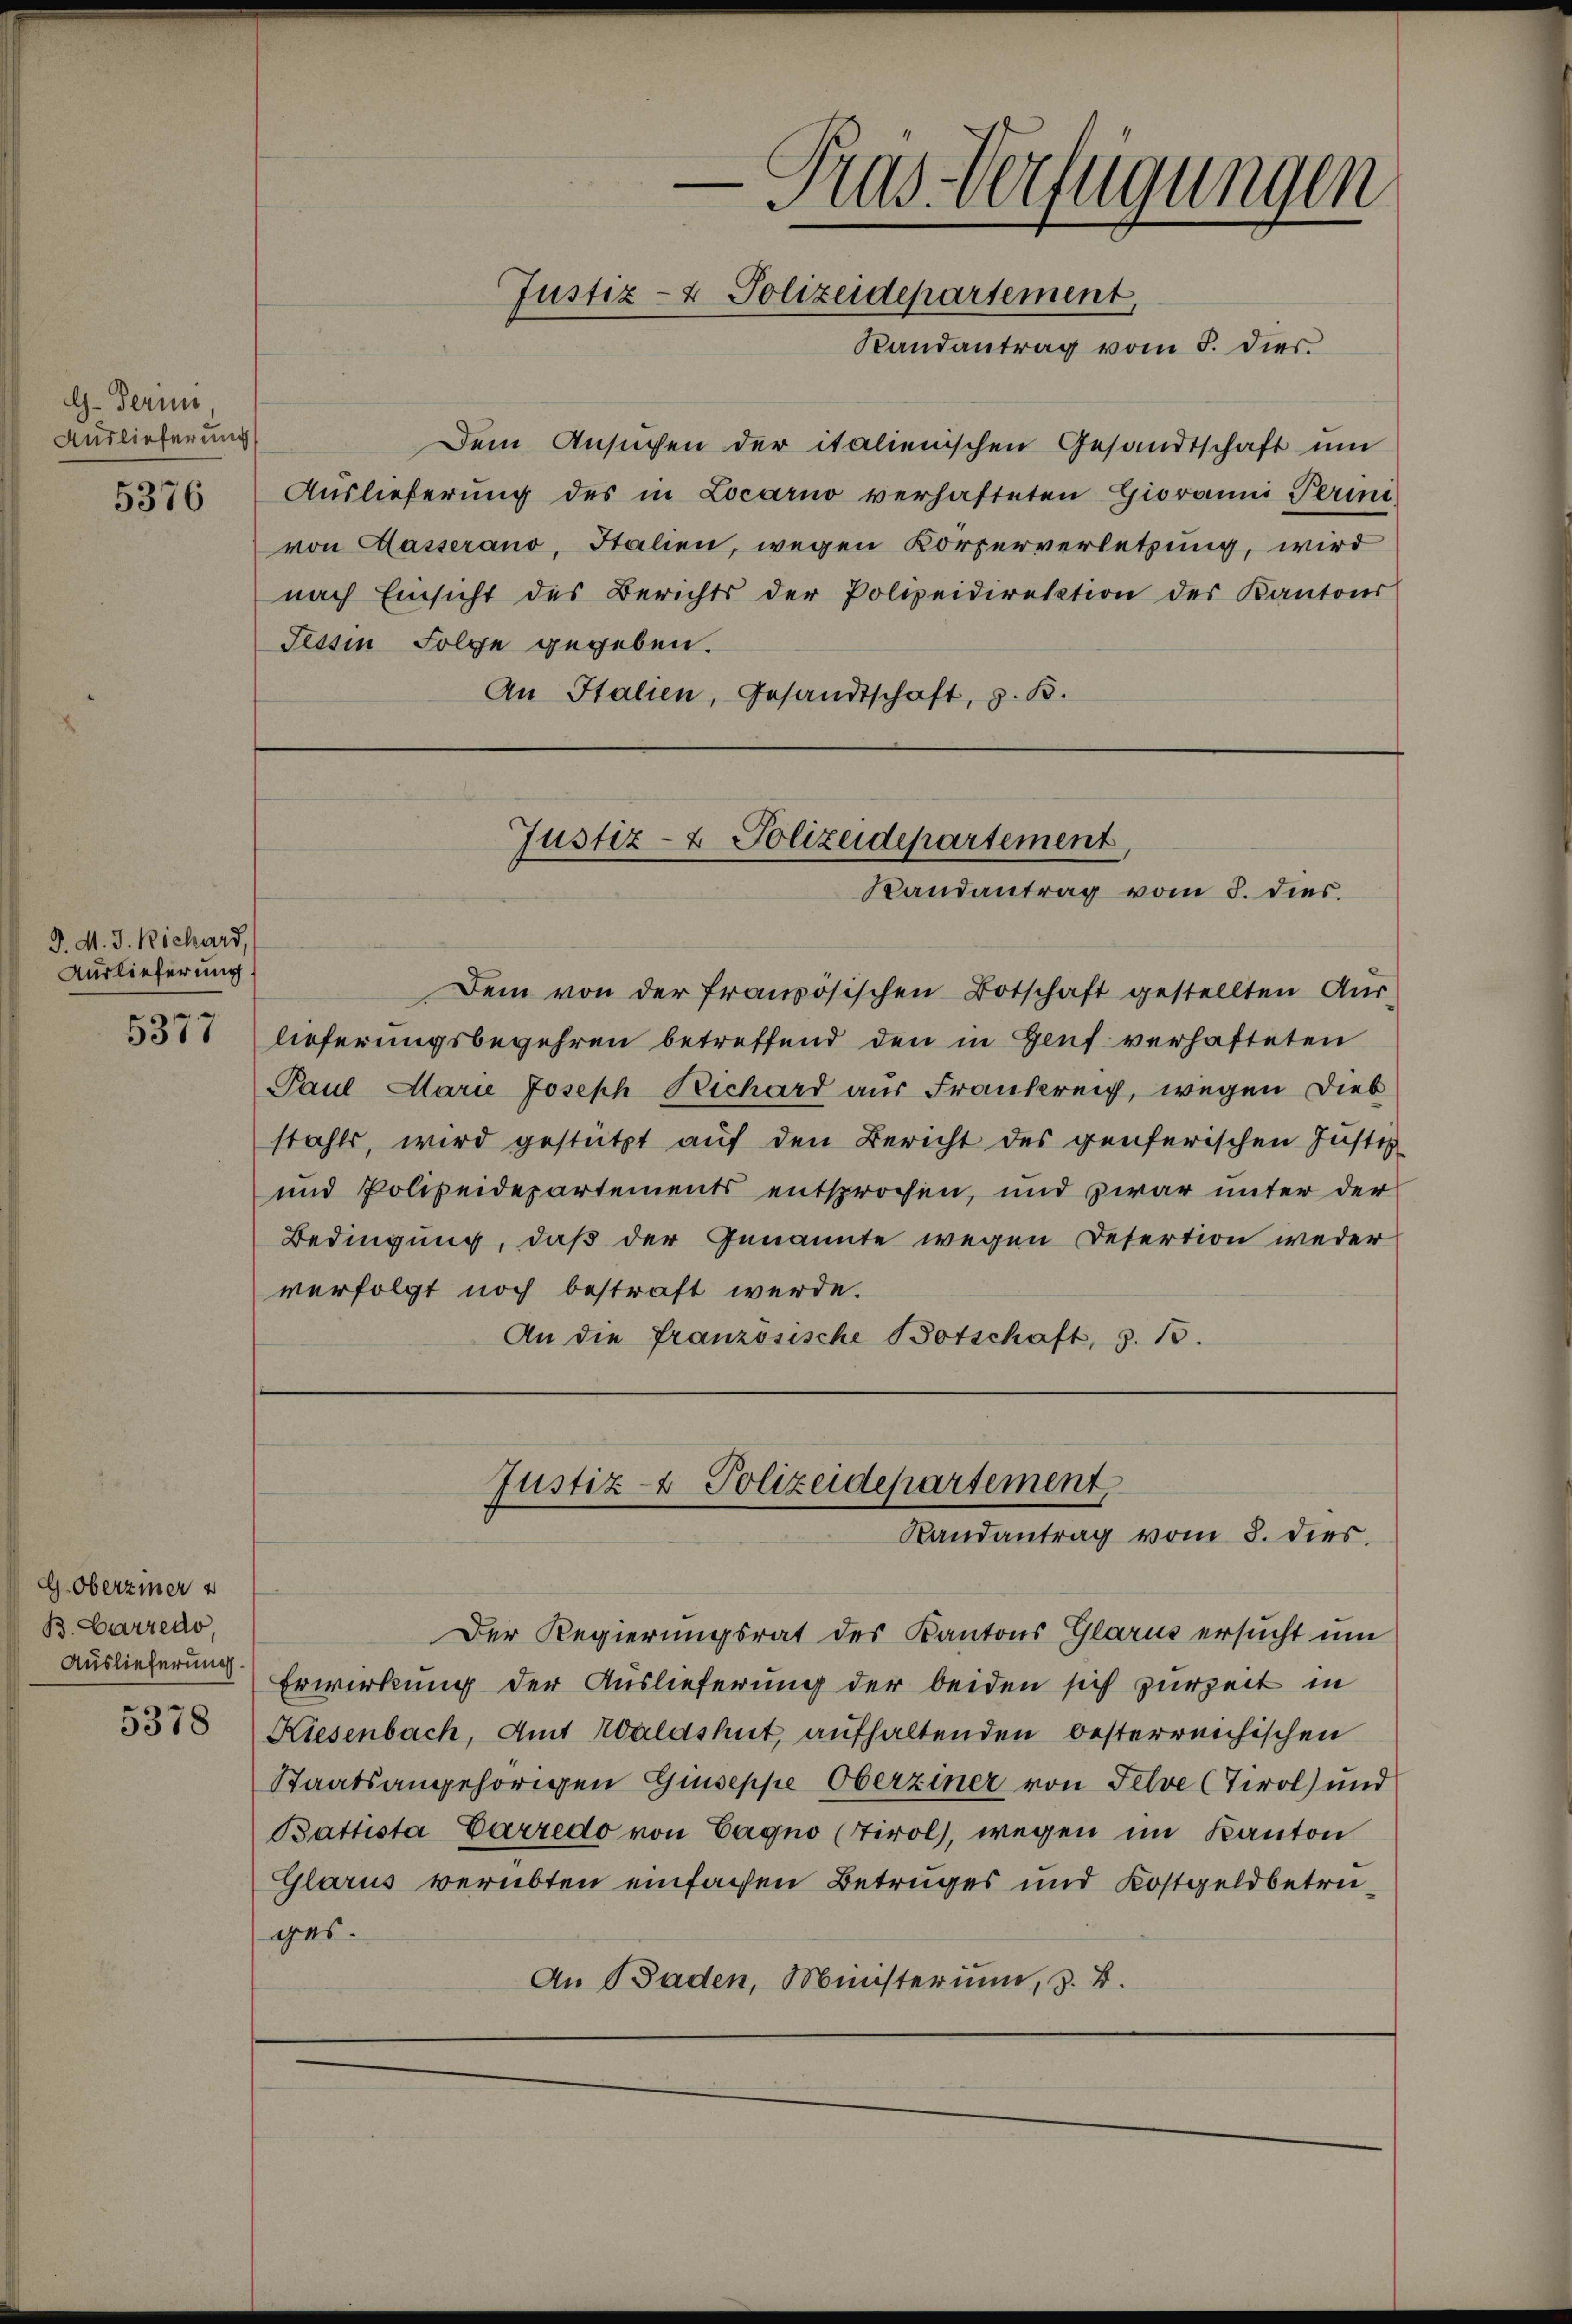
G. Termi,
Auslieferung
5376

d. d. J. Bichard,
Auslieferung

5377

G. Oberziner
B. Corredo,
Auslieferung.

Dem Ansuchen der italienischen Gesandtschaft um
Auslieferung des in Locarno verhafteten Giovanni, Permi
von Masserano, Italien, wegen Körperverletzung, wird
nach Einsicht des Berichts der Polizeidirektion des Kantons
Tessin Folge gegeben.
An Italien, Gesandtschaft, z. B.

Dem von der französischen Botschaft gestellten Aus-
lieferungsbegehren betreffend den in Genf verhafteten
Paul Marie Joseph Richard aus Frankreich, wegen Diebstahls, wird gestützt auf den Bericht des genferischen Justiz
und Polizeidepartements entsprochen, und zwar unter der
Bedingung, daß der Genannte wegen Desertion weder
verfolgt noch bestraft werde.
An die französische Botschaft, z. B.

— Pras Verfügungen
Justiz- & Polizeidepartement,
Randantrag vom 3. dies

Justiz- & Polizeidepartement,
Randantrag vom 3. dies

Justiz- & Polizeidepartement
Randantrag vom 8. dies

Der Regierungsrat des Kantons Glarus ersucht um
Erwirkung der Auslieferung der beiden sich zurzeit in
5378 Kiesenbach, Amt Waldshut, aufhaltenden besterreichischen
Staatsangehörigen Giuseppe Oberziner von Felve (Tirol und
Battista Carredo von Cagno (Tirol, wegen im Kanton
Glarus verübten einfachen Betruges und Kostgeldbetrüges.
An Baden, Ministerium, z. B.